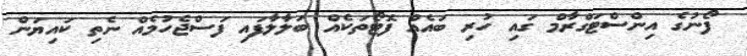
ފޯނުގެ އިންސްޓަގްރާމް ގައި ހުރި ބައެއް ފޮޓޯތަކެއް ބަލާލާފައި ފަސްޖެހުމެއް ނެތި ކައިޔަން